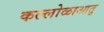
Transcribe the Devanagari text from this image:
कल्लोळाआतु